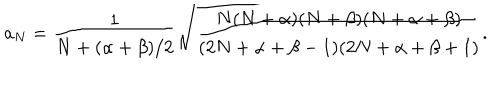
LaTeX: a _ { N } = { \frac { 1 } { N + ( \alpha + \beta ) / 2 } } \sqrt { { \frac { N ( N + \alpha ) ( N + \beta ) ( N + \alpha + \beta ) } { ( 2 N + \alpha + \beta - 1 ) ( 2 N + \alpha + \beta + 1 ) } } } .